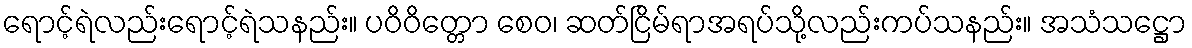
ရောင့်ရဲလည်းရောင့်ရဲသနည်း။ ပဝိဝိတ္တော စေဝ၊ ဆတ်ငြိမ်ရာအရပ်သို့လည်းကပ်သနည်း။ အသံသဋ္ဌော